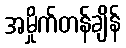
အမှိုက်တန်ချိန်